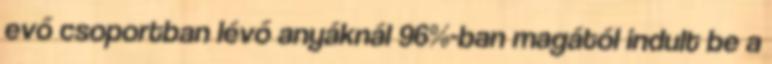
evő csoportban lévő anyáknál 96%-ban magától indult be a